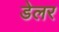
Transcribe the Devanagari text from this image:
डेलर